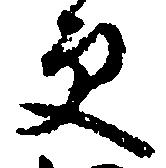
更